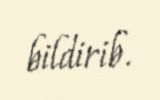
bildirib.